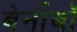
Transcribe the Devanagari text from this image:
बेर्नाबॉ